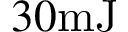
3 0 \mathrm { m J }